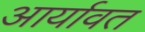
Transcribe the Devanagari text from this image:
आर्यावत